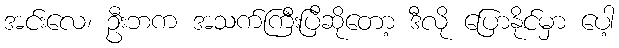
အင်းလေ၊ ဦးဘက အသက်ကြီးပြီဆိုတော့ ဒီလို ပြောနိုင်မှာ ပေါ့